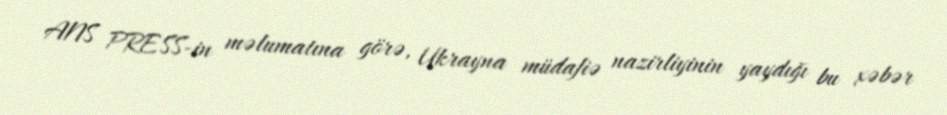
ANS PRESS-in məlumatına görə, Ukrayna müdafiə nazirliyinin yaydığı bu xəbər